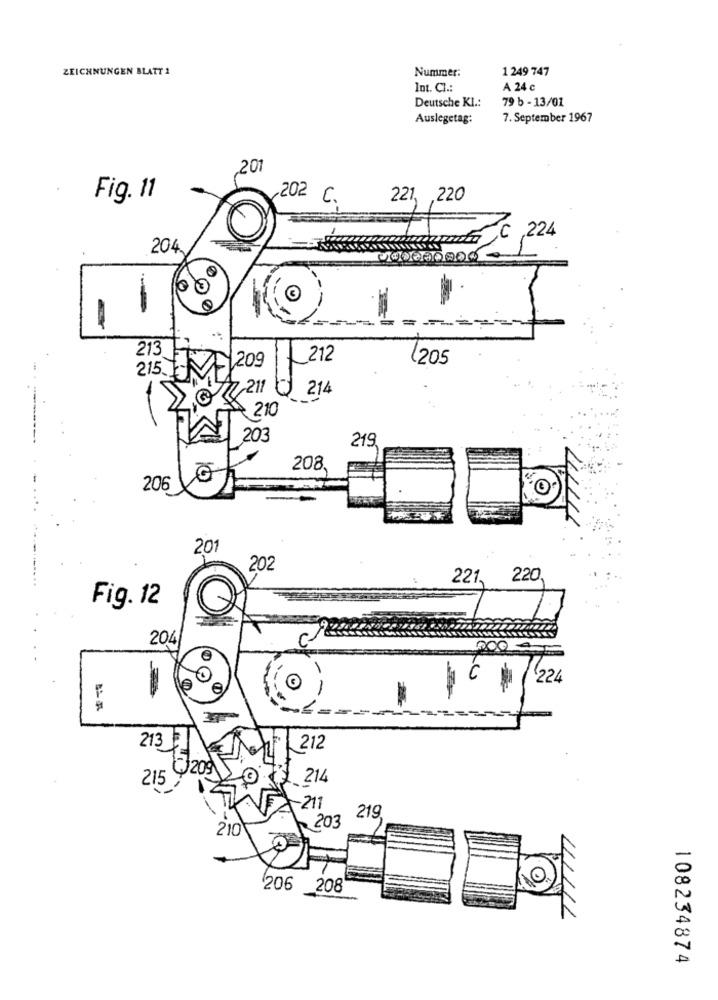
ZEICHNUNGEN BLATT 2
Nummer:
1 249 747
Int. Cl .:
A 24 c
79 b - 13/01
Deutsche Kl .:
Auslegetag:
7. September 1967
.201
Fig. 11
,202 C.
221, , 220
MAROK por C 224
204
13
213
209
212
(205
1
215.F-
.211
214
210
203
219
208.
G
206
201
202
221.
220
Fig. 12
204
224
-
213
212
209
214
215
-211
219
210
203
206 208
108234874